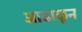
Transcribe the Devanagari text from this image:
आढाळून